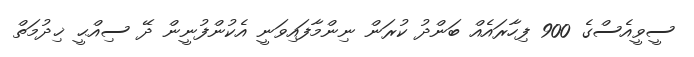
ސީވީއެސްގެ 900 ފިހާރައެއް ބަންދު ކުރަން ނިންމާފައިވަނީ އެކުންފުނީން ދޭ ސިއްޙީ ޚިދުމަތް